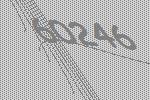
60246